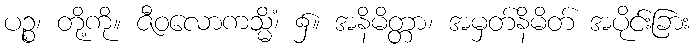
ပဉ္စ၊ တို့ကို။ ဇီဝလောကသ္မိံ၊ ၌။ အနိမိတ္တာ၊ အမှတ်နိမိတ် အပိုင်းခြား